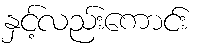
နှင့်လည်းကောင်း